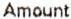
AMOUNT